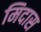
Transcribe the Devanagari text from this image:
मिदास